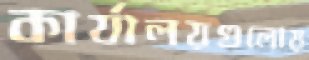
কার্যালয়গুলোয়